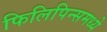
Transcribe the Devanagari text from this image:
फिलिपिन्समध्ये